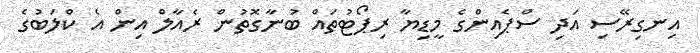
އިނގިރޭސި އަދި ސްޕެއިންގެ މީޑިޔާ ރިޕޯޓުތައް ބުނާގޮތުން ރެއާލް އިން އެ ކްލަބުގެ